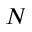
N